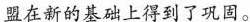
盟在新的基础上得到了巩固。